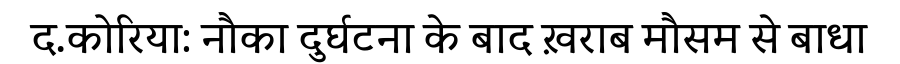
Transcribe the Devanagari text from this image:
द.कोरिया: नौका दुर्घटना के बाद ख़राब मौसम से बाधा